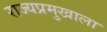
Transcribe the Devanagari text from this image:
राज्यप्रमुखाला